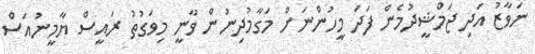
ނަވާޒު އަދި ޖަމްޝީދުމެން ފަދަ މީހުންނަށް މަގާމުދިނުން ވާނީ މިވަގުތު ރައީސް ޔާމީނުއަސް